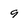
Character: 9